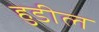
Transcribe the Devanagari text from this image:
हुडील